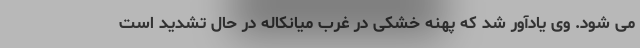
می شود. وی یادآور شد که پهنه خشکی در غرب میانکاله در حال تشدید است